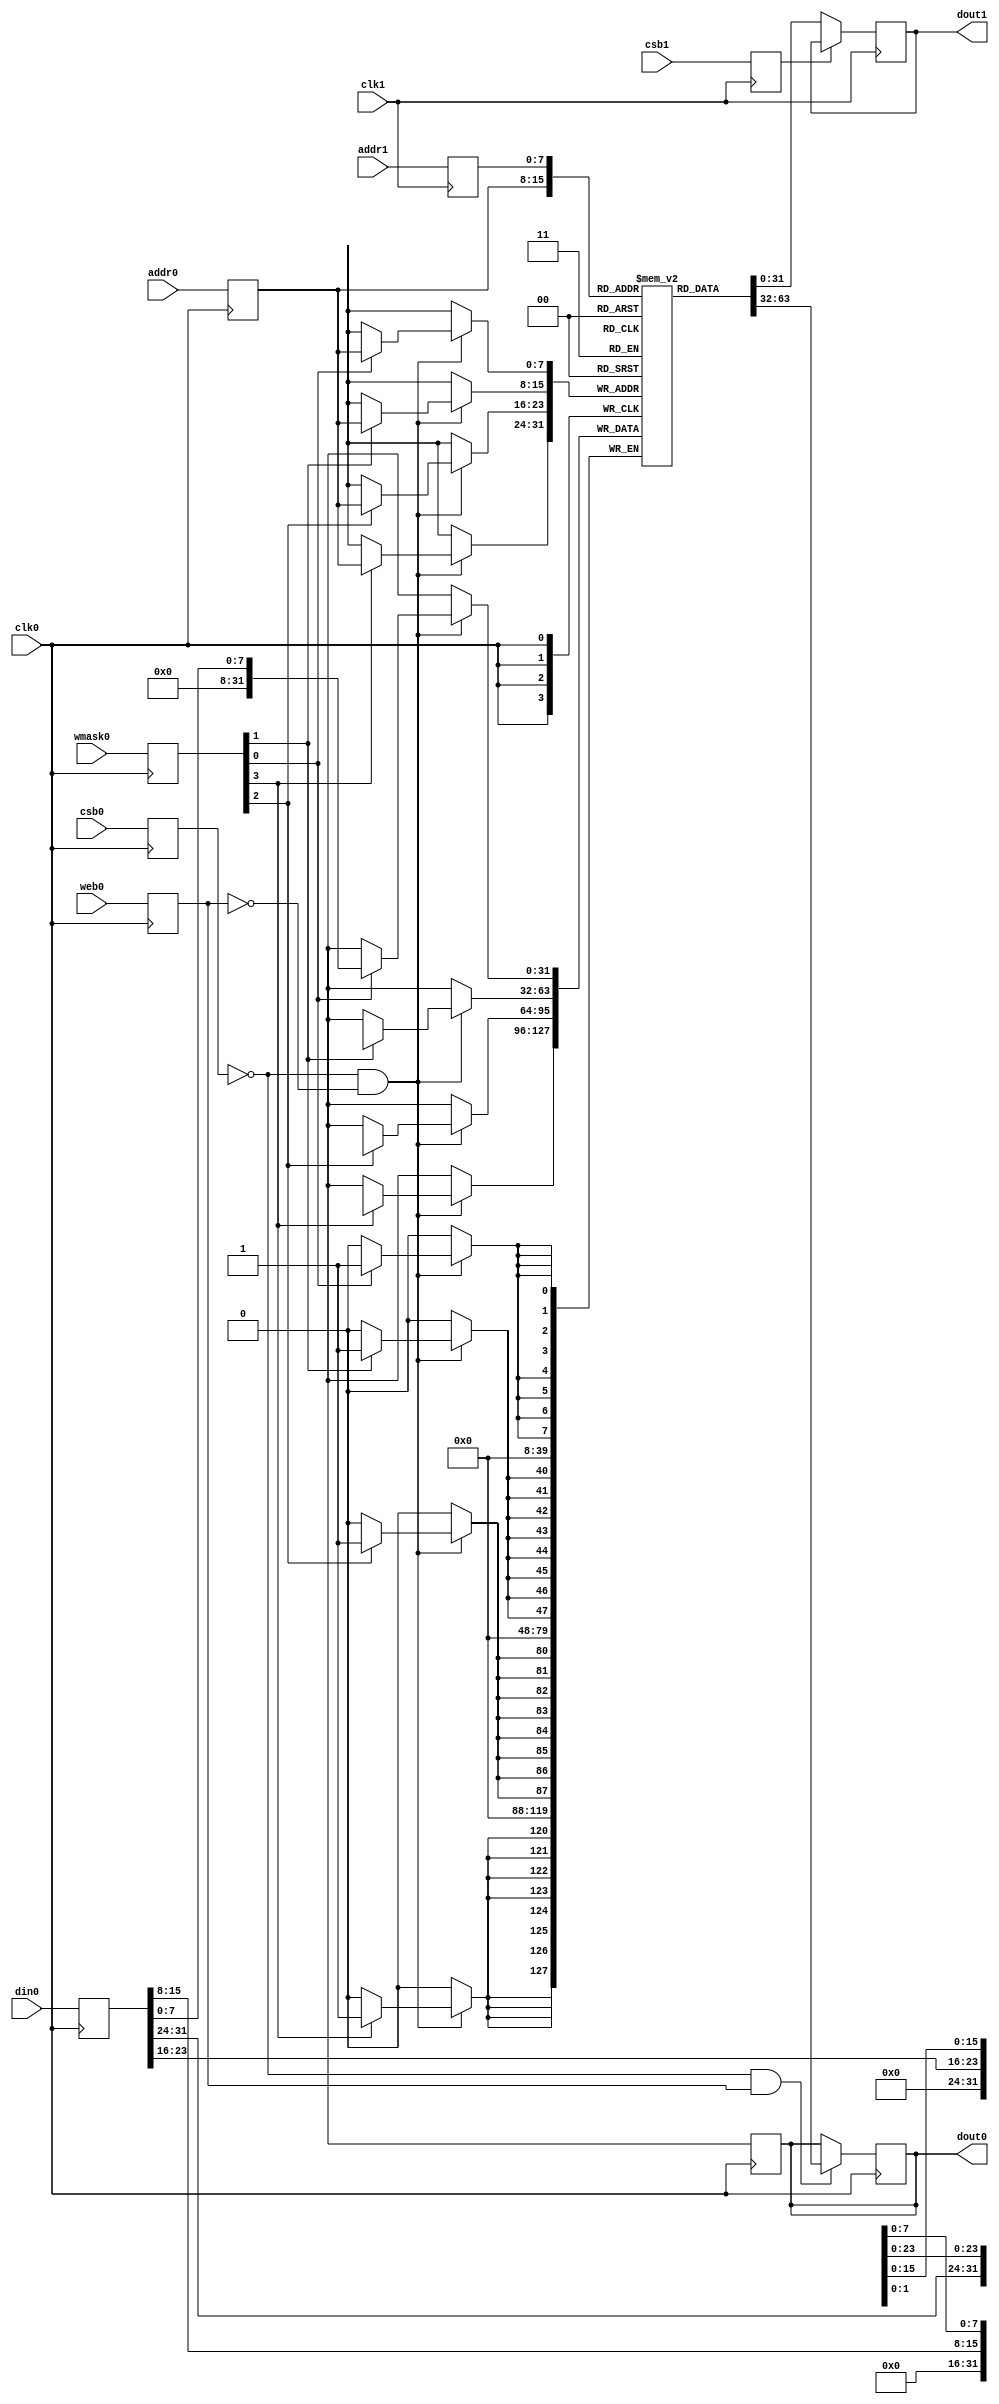
// SPDX-FileCopyrightText: 2020 Efabless Corporation
//
// Licensed under the Apache License, Version 2.0 (the "License");
// you may not use this file except in compliance with the License.
// You may obtain a copy of the License at
//
//      http://www.apache.org/licenses/LICENSE-2.0
//
// Unless required by applicable law or agreed to in writing, software
// distributed under the License is distributed on an "AS IS" BASIS,
// WITHOUT WARRANTIES OR CONDITIONS OF ANY KIND, either express or implied.
// See the License for the specific language governing permissions and
// limitations under the License.
// SPDX-License-Identifier: Apache-2.0

`default_nettype none
// OpenRAM SRAM model
// Words: 256
// Word size: 32
// Write size: 8

module sram_1rw1r_32_256_8_sky130(
`ifdef USE_POWER_PINS
	vdd,
	gnd,
`endif
// Port 0: RW
    clk0,csb0,web0,wmask0,addr0,din0,dout0,
// Port 1: R
    clk1,csb1,addr1,dout1
  );

  parameter NUM_WMASKS = 4 ;
  parameter DATA_WIDTH = 32 ;
  parameter ADDR_WIDTH = 8 ;
  parameter RAM_DEPTH = 1 << ADDR_WIDTH;
  // FIXME: This delay is arbitrary.
  parameter DELAY = 3 ;

`ifdef USE_POWER_PINS
  inout vdd;
  inout gnd;
`endif
  input  clk0; // clock
  input   csb0; // active low chip select
  input  web0; // active low write control
  input [NUM_WMASKS-1:0]   wmask0; // write mask
  input [ADDR_WIDTH-1:0]  addr0;
  input [DATA_WIDTH-1:0]  din0;
  output [DATA_WIDTH-1:0] dout0;
  input  clk1; // clock
  input   csb1; // active low chip select
  input [ADDR_WIDTH-1:0]  addr1;
  output [DATA_WIDTH-1:0] dout1;

  reg  csb0_reg;
  reg  web0_reg;
  reg [NUM_WMASKS-1:0]   wmask0_reg;
  reg [ADDR_WIDTH-1:0]  addr0_reg;
  reg [DATA_WIDTH-1:0]  din0_reg;
  reg [DATA_WIDTH-1:0]  dout0;

  // All inputs are registers
  always @(posedge clk0)
  begin
    csb0_reg = csb0;
    web0_reg = web0;
    wmask0_reg = wmask0;
    addr0_reg = addr0;
    din0_reg = din0;
    dout0 = 32'bx;
`ifdef DBG
    if ( !csb0_reg && web0_reg ) 
      $display($time," Reading %m addr0=%b dout0=%b",addr0_reg,mem[addr0_reg]);
    if ( !csb0_reg && !web0_reg )
      $display($time," Writing %m addr0=%b din0=%b wmask0=%b",addr0_reg,din0_reg,wmask0_reg);
`endif 
   end

  reg  csb1_reg;
  reg [ADDR_WIDTH-1:0]  addr1_reg;
  reg [DATA_WIDTH-1:0]  dout1;

  // All inputs are registers
  always @(posedge clk1)
  begin
    csb1_reg = csb1;
    addr1_reg = addr1;
`ifdef DBG
    if (!csb0 && !web0 && !csb1 && (addr0 == addr1))
         $display($time," WARNING: Writing and reading addr0=%b and addr1=%b simultaneously!",addr0,addr1);
    dout1 = 32'bx;
    if ( !csb1_reg ) 
      $display($time," Reading %m addr1=%b dout1=%b",addr1_reg,mem[addr1_reg]);
`endif  
   end

reg [DATA_WIDTH-1:0]    mem [0:RAM_DEPTH-1];

  // Memory Write Block Port 0
  // Write Operation : When web0 = 0, csb0 = 0
  always @ (negedge clk0)
  begin : MEM_WRITE0
    if ( !csb0_reg && !web0_reg ) begin
        if (wmask0_reg[0])
                mem[addr0_reg][7:0] = din0_reg[7:0];
        if (wmask0_reg[1])
                mem[addr0_reg][15:8] = din0_reg[15:8];
        if (wmask0_reg[2])
                mem[addr0_reg][23:16] = din0_reg[23:16];
        if (wmask0_reg[3])
                mem[addr0_reg][31:24] = din0_reg[31:24];
    end
  end

  // Memory Read Block Port 0
  // Read Operation : When web0 = 1, csb0 = 0
  always @ (negedge clk0)
  begin : MEM_READ0
    if (!csb0_reg && web0_reg)
       dout0 <= #(DELAY) mem[addr0_reg];
  end

  // Memory Read Block Port 1
  // Read Operation : When web1 = 1, csb1 = 0
  always @ (negedge clk1)
  begin : MEM_READ1
    if (!csb1_reg)
       dout1 <= #(DELAY) mem[addr1_reg];
  end

endmodule
`default_nettype wire